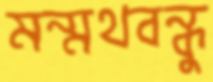
মন্মথবন্ধুু